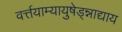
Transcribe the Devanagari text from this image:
वर्त्तयाम्यायुषेड्न्नाद्याय